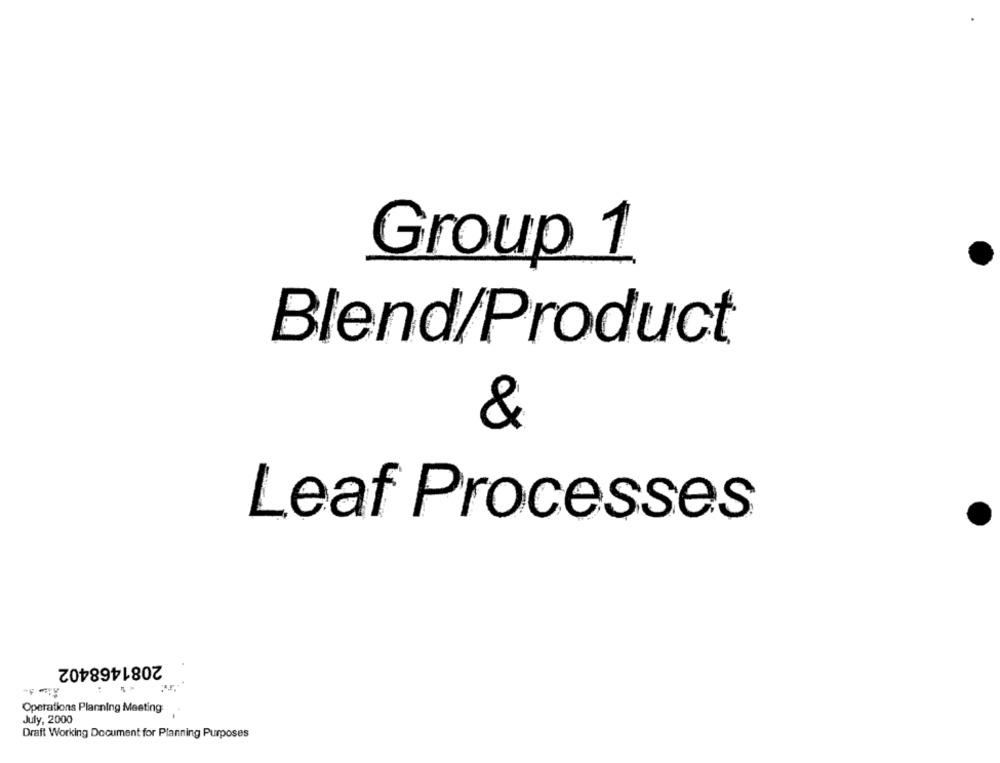
Group 1
Blend/Product
&
Leaf Processes
2081468402
Operations Planning Meeting
July, 2000
Draft Working Document for Planning Purposes